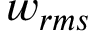
w _ { r m s }